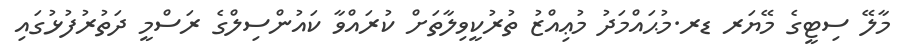
މާލޭ ސިޓީގެ މޭޔަރ ޑރ.މުޙައްމަދު މުޢިއްޒު ތުރުކީވިލާތަށް ކުރައްވާ ކައުންސިލްގެ ރަސްމީ ދަތުރުފުޅުގައި